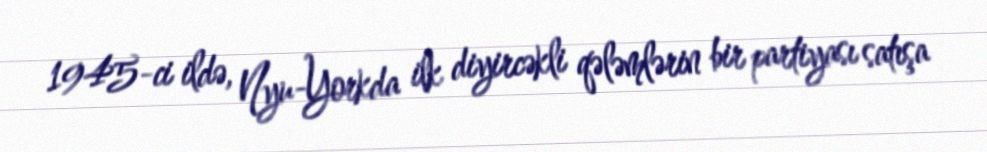
1945-ci ildə, Nyu-Yorkda ilk diyircəkli qələmlərin bir partiyası satışa